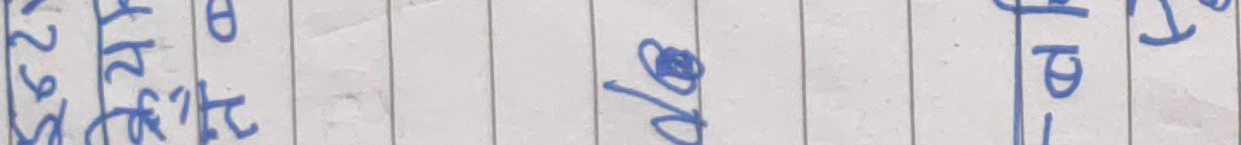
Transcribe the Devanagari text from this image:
केहि २९५